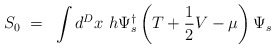
\begin{align*}S_0~=~ \int d^D x~h \Psi_s^{\dagger} \left( T + \frac{1}{2} V - \mu \right)\Psi_s\end{align*}